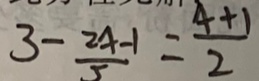
3 - \frac { 2 x - 1 } { 5 } = \frac { 4 + 1 } { 2 }